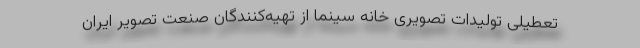
تعطیلی تولیدات تصویری خانه سینما از تهیه‌کنندگان صنعت تصویر ایران